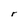
Character: r